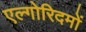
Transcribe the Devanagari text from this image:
एल्गोरिदमों